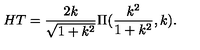
H T = \frac { 2 k } { \sqrt { 1 + k ^ { 2 } } } \Pi ( \frac { k ^ { 2 } } { 1 + k ^ { 2 } } , k ) .